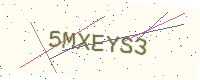
Text: 5MXEYS3